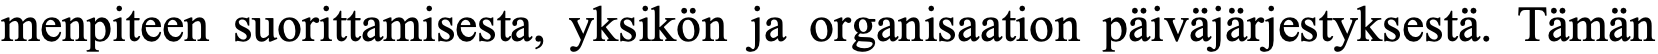
menpiteen suorittamisesta, yksikön ja organisaation päiväjärjestyksestä. Tämän